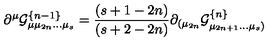
\partial ^ { \mu } { \cal { G } } _ { \mu \mu _ { 2 n } . . . \mu _ { s } } ^ { \{ n - 1 \} } = { \frac { ( s + 1 - 2 n ) } { ( s + 2 - 2 n ) } } \partial _ { ( \mu _ { 2 n } } { \cal { G } } _ { \mu _ { 2 n + 1 } . . . \mu _ { s } ) } ^ { \{ n \} }